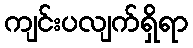
ကျင်းပလျက်ရှိရာ